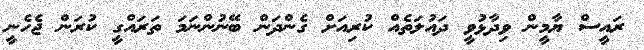
ރައީސް ޔާމީން ވިދާޅުވީ ދައުލަތެއް ކުރިއަށް ގެންދަން ބޭނުންނަމަ ތަރައްގީ ކުރަން ޖެހެނީ